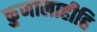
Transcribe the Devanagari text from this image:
कुणालाहीहि